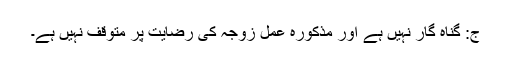
ج: گناہ گار نہيں ہے اور مذکورہ عمل زوجہ کى رضايت پر متوقف نہيں ہے۔